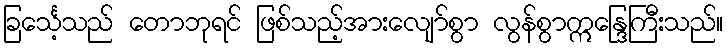
ခြင်္သေ့သည် တောဘုရင် ဖြစ်သည့်အားလျော်စွာ လွန်စွာဣန္ဒြေကြီးသည်။